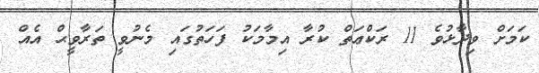
ކަމަށް ވިދާޅުވެ 11 ރަކްޢަތް ކުރާ އިމާމަކު ފަހަތުގައި މެނުވީ ތަރާވީޙް އެއް